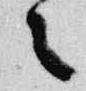
々